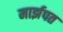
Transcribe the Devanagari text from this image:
मार्झपत